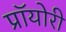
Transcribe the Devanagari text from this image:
प्रॉयोरी